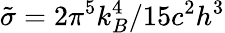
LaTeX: \tilde{\sigma}={2\pi^{5}k_{B}^{4}}/{15c^{2}h^{3}}